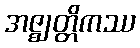
အဇ္ဈတ္တိကဿ